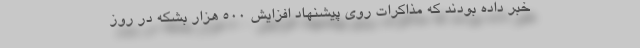
خبر داده بودند که مذاکرات روی پیشنهاد افزایش ۵۰۰ هزار بشکه در روز